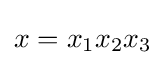
x=x_{1}x_{2}x_{3}